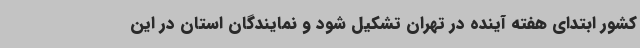
کشور ابتدای هفته آینده در تهران تشکیل شود و نمایندگان استان در این